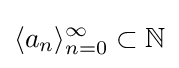
\langle a_{n}\rangle _{n=0}^{\infty }\subset \mathbb {N}